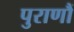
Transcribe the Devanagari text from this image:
पुराणौं